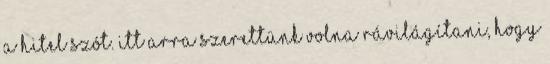
a hitel szót. Itt arra szerettünk volna rávilágítani, hogy